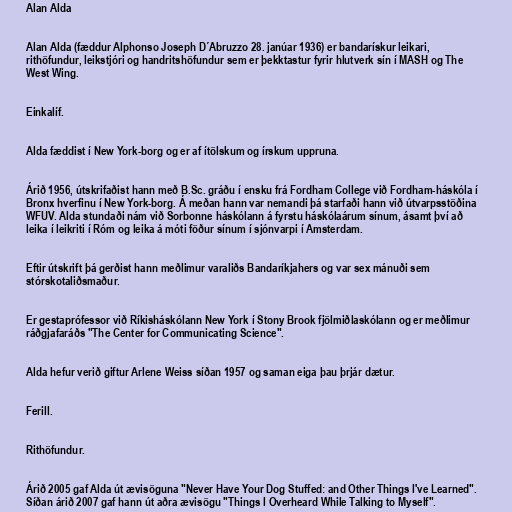
Alan Alda

Alan Alda (fæddur Alphonso Joseph D´Abruzzo 28. janúar 1936) er bandarískur leikari,
rithöfundur, leikstjóri og handritshöfundur sem er þekktastur fyrir hlutverk sín í MASH og The
West Wing.

Einkalíf.

Alda fæddist í New York-borg og er af ítölskum og írskum uppruna.

Árið 1956, útskrifaðist hann með B.Sc. gráðu í ensku frá Fordham College við Fordham-háskóla í
Bronx hverfinu í New York-borg. Á meðan hann var nemandi þá starfaði hann við útvarpsstöðina
WFUV. Alda stundaði nám við Sorbonne háskólann á fyrstu háskólaárum sínum, ásamt því að
leika í leikriti í Róm og leika á móti föður sínum í sjónvarpi í Amsterdam.

Eftir útskrift þá gerðist hann meðlimur varaliðs Bandaríkjahers og var sex mánuði sem
stórskotaliðsmaður.

Er gestaprófessor við Ríkisháskólann New York í Stony Brook fjölmiðlaskólann og er meðlimur
ráðgjafaráðs "The Center for Communicating Science".

Alda hefur verið giftur Arlene Weiss síðan 1957 og saman eiga þau þrjár dætur.

Ferill.

Rithöfundur.

Árið 2005 gaf Alda út ævisöguna "Never Have Your Dog Stuffed: and Other Things I've Learned".
Síðan árið 2007 gaf hann út aðra ævisögu "Things I Overheard While Talking to Myself".